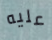
عليه